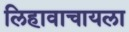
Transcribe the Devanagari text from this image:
लिहावाचायला